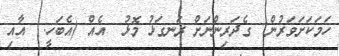
ހަމަކަށަވަރުން  ގެދަރިންނަށް ރަނގަޅު މޮޅު  އެއް (އެބަހީ:  އާއި